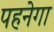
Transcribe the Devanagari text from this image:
पहनेगा